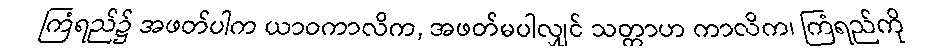
ကြံရည်၌ အဖတ်ပါက ယာဝကာလိက, အဖတ်မပါလျှင် သတ္တာဟ ကာလိက၊ ကြံရည်ကို